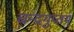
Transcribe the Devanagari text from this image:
चन्द्रगुप्तम्